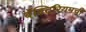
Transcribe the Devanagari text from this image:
बॅक्टिरियमची